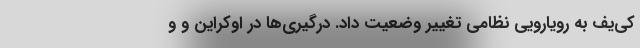
کی‌یف به رویارویی نظامی تغییر وضعیت داد. درگیری‌ها در اوکراین و و